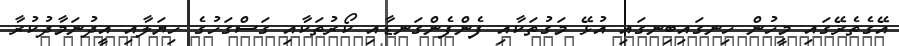
އޭގެތެރޭގައި މީހުން ހިނގައިބިނގައި އުޅޭ މަގުތަކާއި ފެންފެންގަނޑާއި ކޯރުތަކާއި ގަސްގަހުގެ ހިޔަލާއި އީދުނަމާދުކުރާ